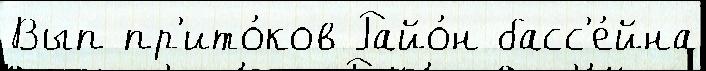
Вып пр'ито́ков Райо́н басс'е́йна